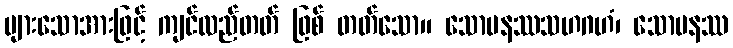
များသောအားဖြင့် ကျင်လည်တတ် ဖြစ် တတ်သော။ သောမနဿသဟဂဟံ၊ သောမနဿ